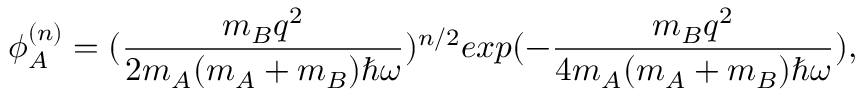
\phi _ { A } ^ { ( n ) } = ( \frac { m _ { B } q ^ { 2 } } { 2 m _ { A } ( m _ { A } + m _ { B } ) \hbar \omega } ) ^ { n / 2 } e x p ( - \frac { m _ { B } q ^ { 2 } } { 4 m _ { A } ( m _ { A } + m _ { B } ) \hbar \omega } ) ,